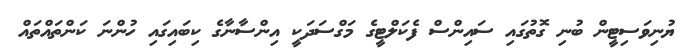
ޔުނިވަސިޓީން ބުނި ގޮތުގައި ސައިންސް ފެކަލްޓީގެ މަގްސަދަކީ އިންސާނާގެ ކިބައިގައި ހުންނަ ކަންތައްތައް